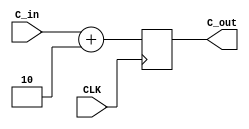
module increment (CLK, C_in, C_out);

input [7:0] C_in;
input CLK;

output [7:0] C_out;

reg [7:0] C_out;

always @ (posedge CLK)begin
		C_out = C_in + 8'd2;
end
endmodule